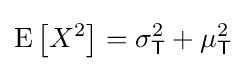
\operatorname {E} \left[X^{2}\right]=\sigma _{\mathsf {T}}^{2}+\mu _{\mathsf {T}}^{2}